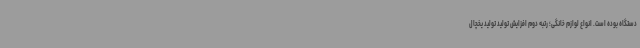
دستگاه بوده است. انواع لوازم خانگی؛ رتبه دوم افزایش تولید تولید یخچال